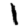
Digit: 1